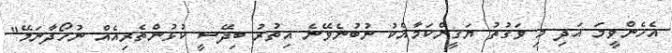
އެހެންވީމަ އަދި މި ވަގުތު ޔަގީންކަމާއެކު ނުބުނެވޭނެ އިތުރު ބިދޭސީ ކުޅުންތެރިއެއް ނުހޯދާނަމޭ"